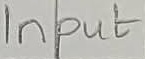
Text: Input